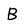
Character: B